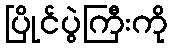
ပြိုင်ပွဲကြီးကို